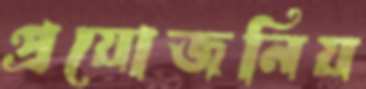
প্রয়োজনিয়